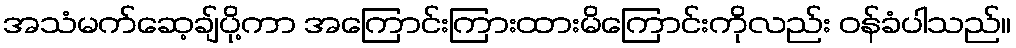
အသံမက်ဆေ့ချ်ပို့ကာ အကြောင်းကြားထားမိကြောင်းကိုလည်း ဝန်ခံပါသည်။